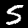
Label: 5